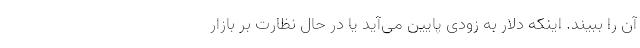
آن را ببیند. اینکه دلار به زودی پایین می‌آید یا در حال نظارت بر بازار